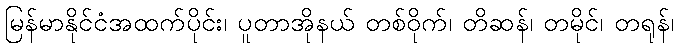
မြန်မာနိုင်ငံအထက်ပိုင်း၊ ပူတာအိုနယ် တစ်ဝိုက်၊ တိဆန်၊ တမိုင်၊ တရုန်၊